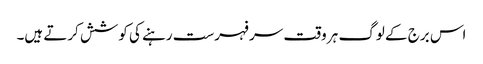
اس برج کے لوگ ہر وقت سر فہرست رہنے کی کوشش کرتے ہیں۔